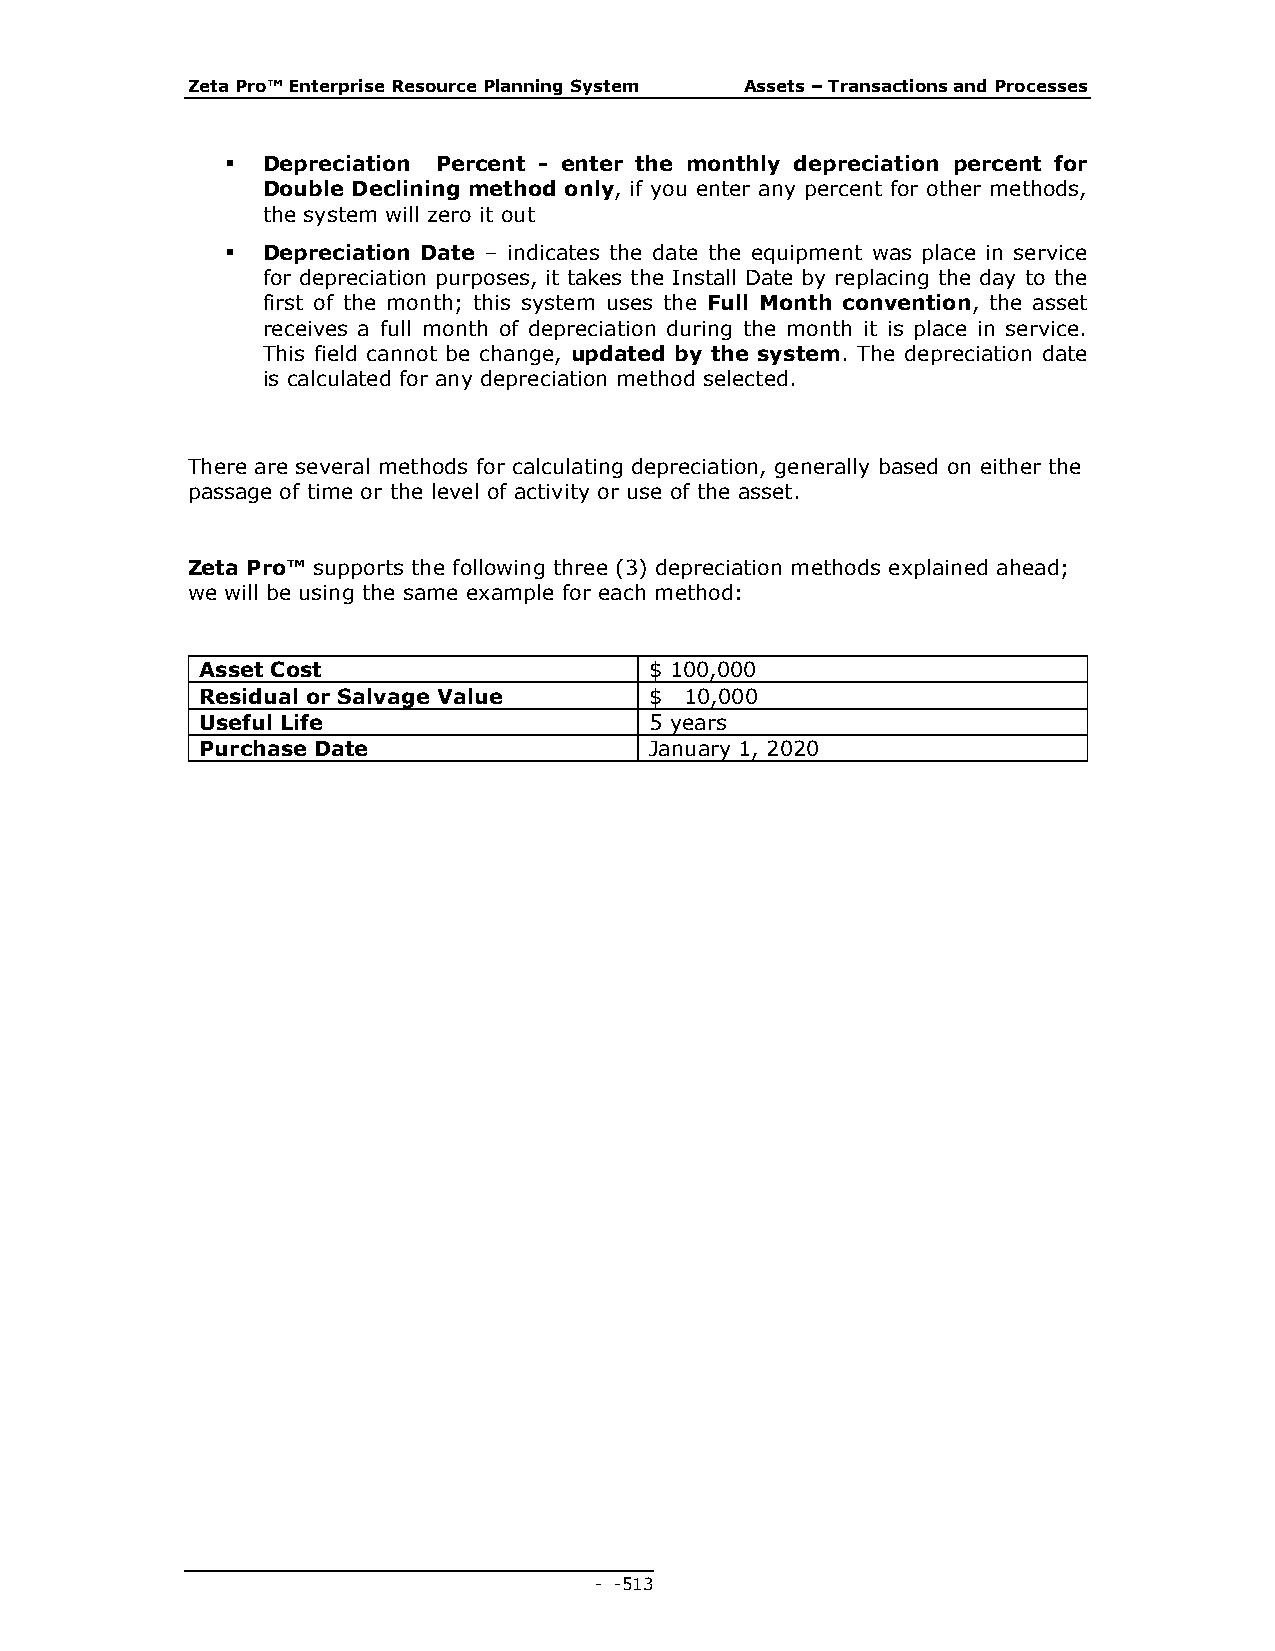
Zeta Pro™ Enterprise Resource Planning System Assets – Transactions and Processes
  Depreciation Percent - enter the monthly depreciation percent for
 Double Declining method only, if you enter any percent for other methods,
 the system will zero it out
  Depreciation Date – indicates the date the equipment was place in service
 for depreciation purposes, it takes the Install Date by replacing the day to the
 first of the month; this system uses the Full Month convention, the asset
 receives a full month of depreciation during the month it is place in service.
 This field cannot be change, updated by the system. The depreciation date
 is calculated for any depreciation method selected.
 There are several methods for calculating depreciation, generally based on either the
 passage of time or the level of activity or use of the asset.
 Zeta Pro™ supports the following three (3) depreciation methods explained ahead;
 we will be using the same example for each method:
 Asset Cost                    $ 100,000
 Residual or Salvage Value     $ 10,000
 Useful Life                   5 years
 Purchase Date                 January 1, 2020
 - - 513